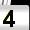
Digit: 4